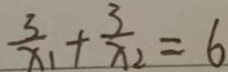
\frac { 3 } { x _ { 1 } } + \frac { 3 } { x _ { 2 } } = 6